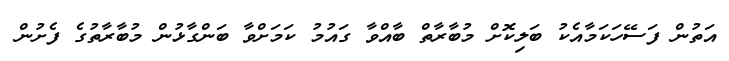
އަތުން ފަސޭހަކަމާއެކު ބަލިކޮށް މުބާރާތް ބާއްވާ ގައުމު ކަމަށްވާ ބަންގާޅުން މުބާރާތުގެ ފެށުން